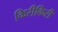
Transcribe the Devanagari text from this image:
किरीकिरी